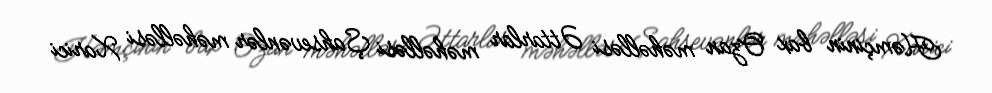
Həmçinin bax Ozan məhəlləsi Əttarlar məhəlləsi Şahsevənlər məhəlləsi Xarici